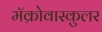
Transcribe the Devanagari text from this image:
मॅक्रोवास्कुलर